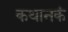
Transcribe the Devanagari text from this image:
कथानकं